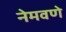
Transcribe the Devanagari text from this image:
नेमवणे